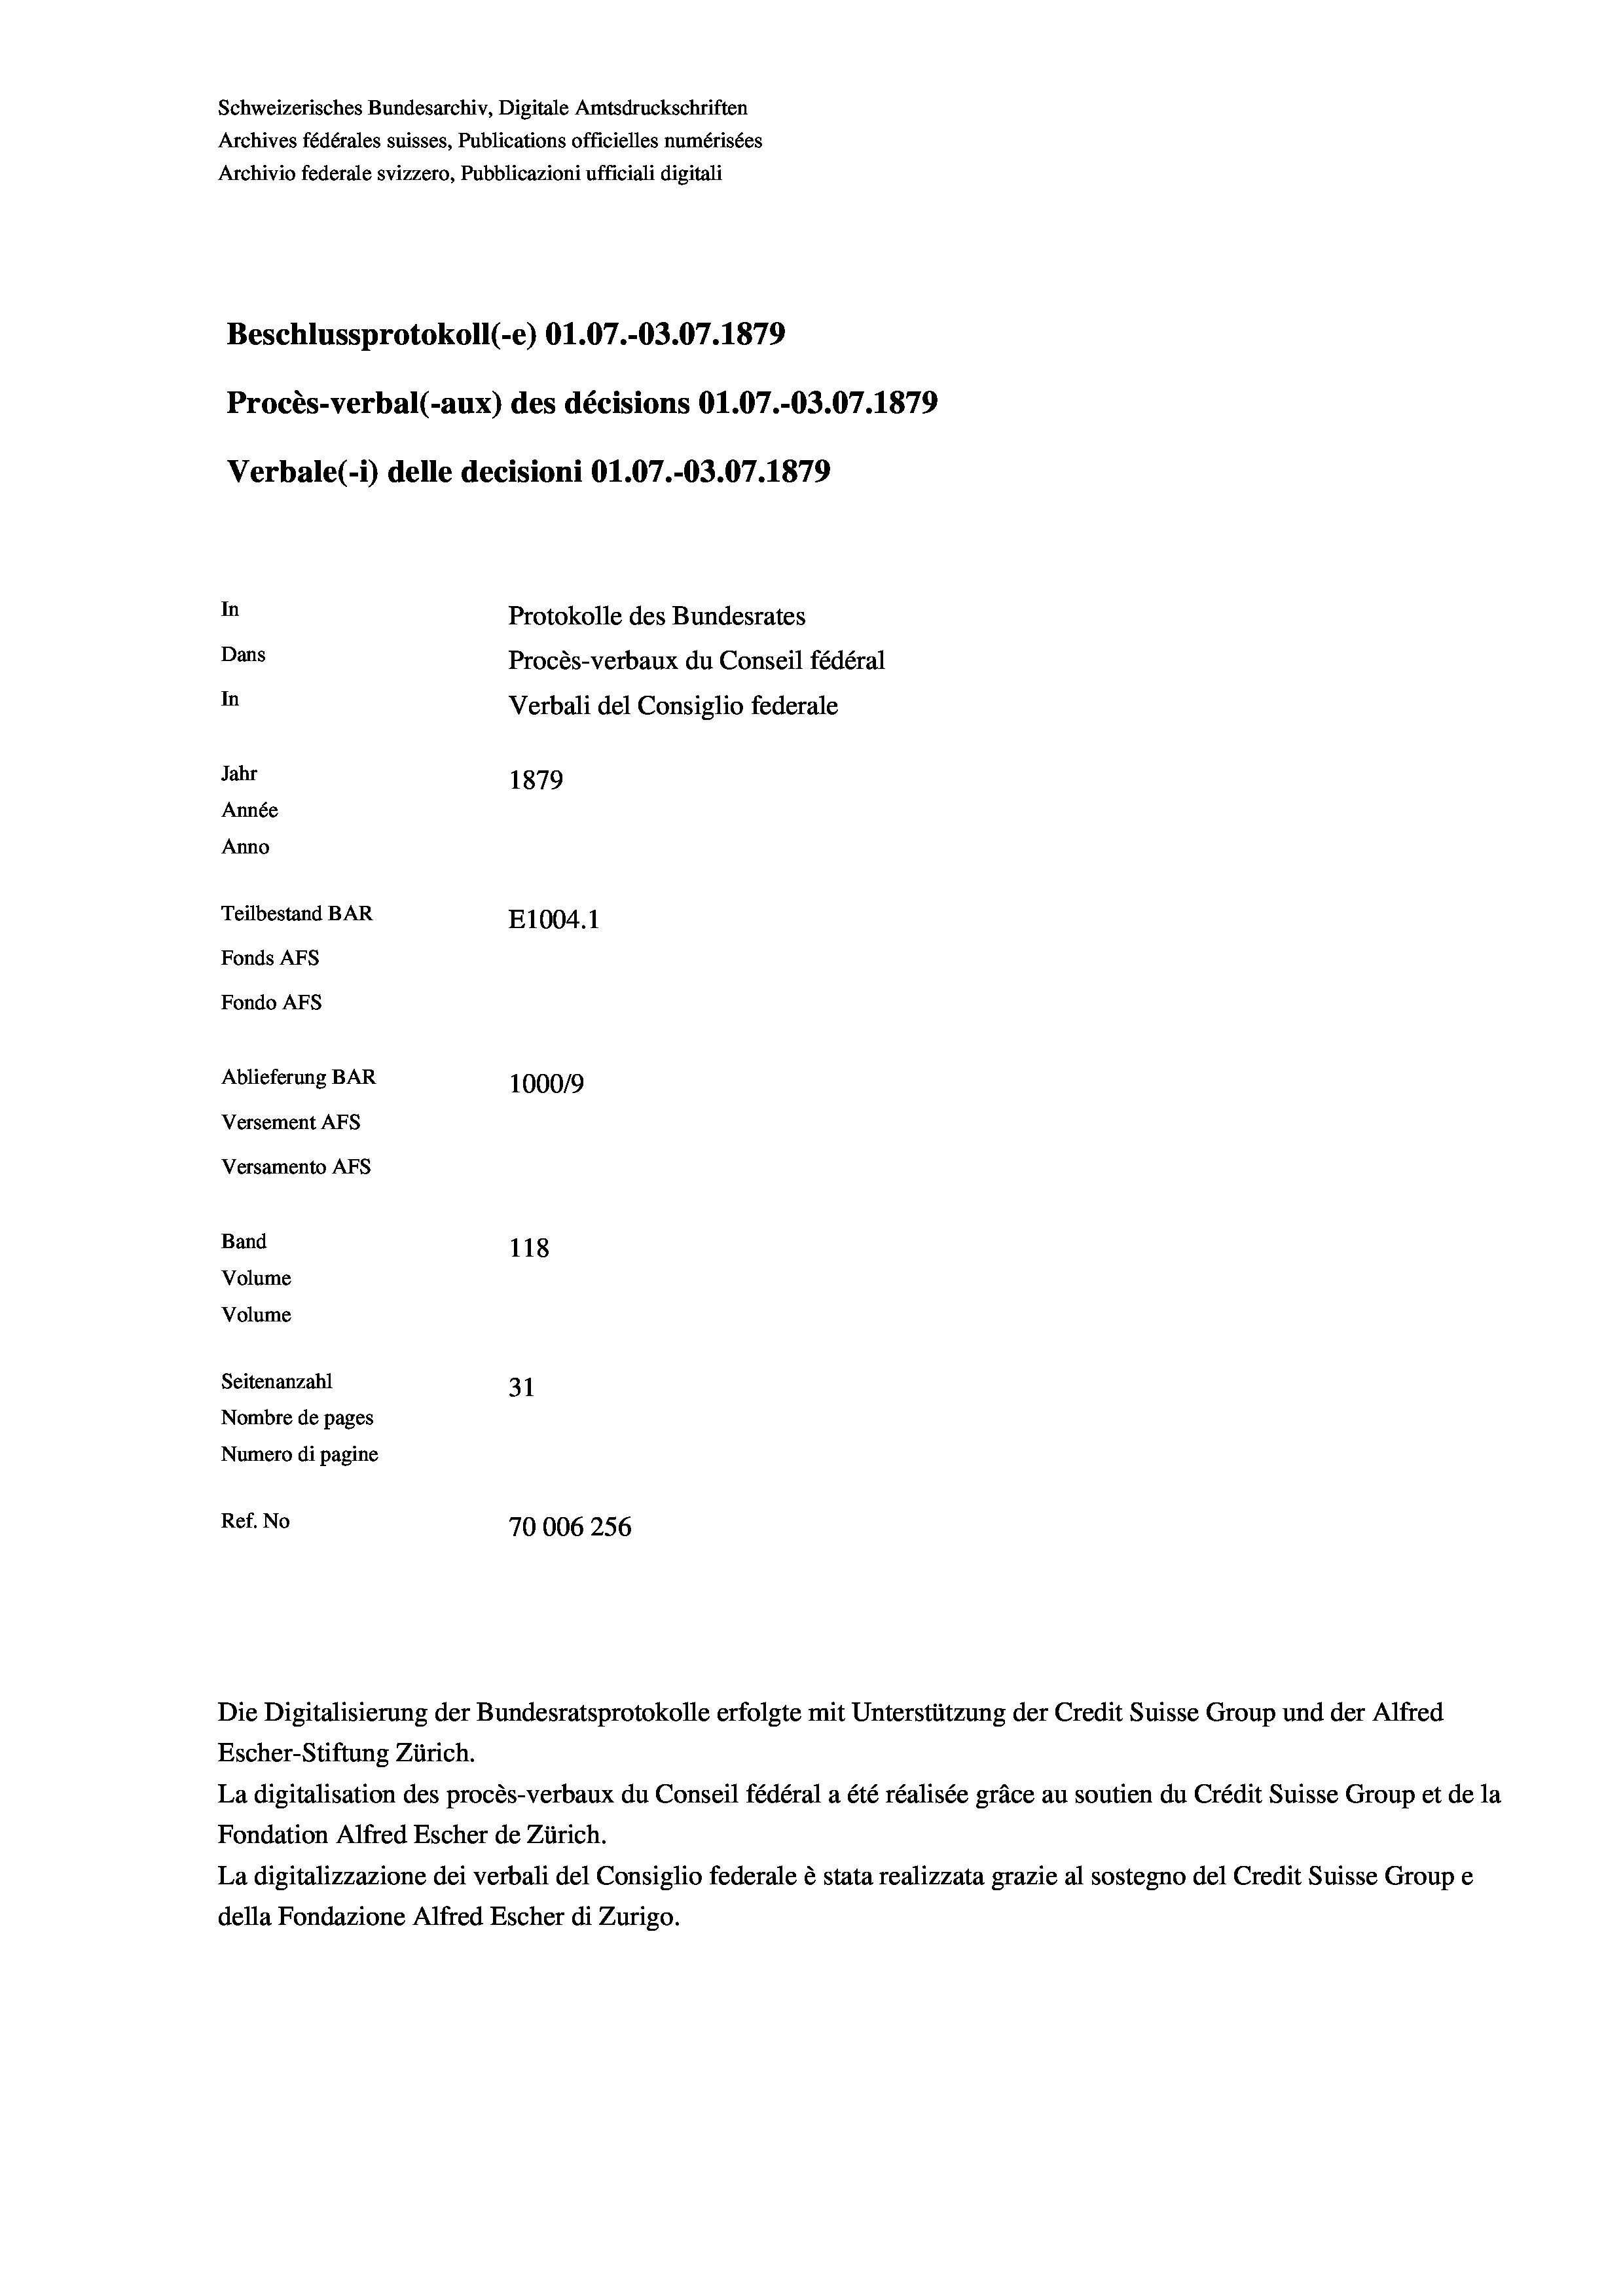
Schweizerisches Bundesarchiv, Digitale Amtsdruckschriften
Archives fédérales suisses, Publications officielles numérisées
Archivio federale svizzero, Pubblicazioni ufficiali digitali
¬
Beschlussprotokoll (-e) 01.07.-03.07. 1879
Procès-verbal (-aux) des décisions Ol.07.-O3.07. 1879
Verbale (1) delle decisioni Ol.07.-O3.07. 1879
In
Protokolle des Bundesrates
Dans
Procès-verbaux du Conseil fédéral
In
Verbali del Consiglio federale
Jahr
1879
Année
Anno
Teilbestand BAR
E1004. 1
Fonds AFs
Fondo AFS
Ablieferung BAR
100019
Versement AFs
Versamento Afs
Band
118
Volume
Volume
Seitenanzahl
31
Nombre de pages
Numero di pagine
Ref. No
70006256

Die Digitalisierung der Bundesratsprotokolle erfolgte mit Unterstützung der Credit Suisse Group und der Alfred
Escher-Stiftung Zürich.
La digitalisation des procès-verbaux du Conseil fédéral a été réalisée gräce au soutien du Crédit Suisse Group et de la
Fondation Alfred Escher de Zürich.
La digitalizzazione dei verbali del Consiglio federale è stata realizzata grazie al sostegno del Credit Suisse Groupe
della Fondazione Alfred Escher di Zurigo.